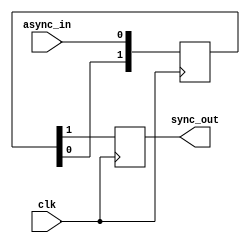
module async_input_sync(
   input clk,
   input async_in,
   output reg sync_out
);

   (* ASYNC_REG="TRUE" *) reg [1:0] sreg;
   always @(posedge clk) begin
     sync_out <= sreg[1];
     sreg <= {sreg[0], async_in};
   end

endmodule